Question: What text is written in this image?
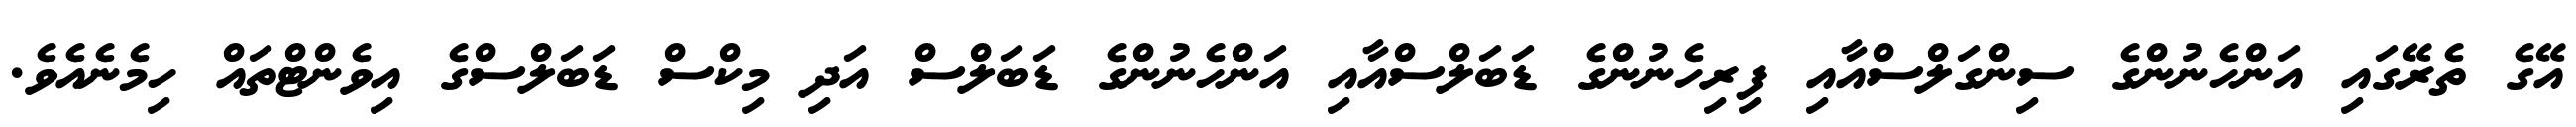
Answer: އޭގެ ތެރޭގައި އަންހެނުންގެ ސިންގަލްސްއާއި ފިރިހެނުންގެ ޑަބަލްސްއާއި އަންހެނުންގެ ޑަބަލްސް އަދި މިކްސް ޑަބަލްސްގެ އިވެންޓްތައް ހިމެނެއެވެ.